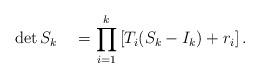
LaTeX: \begin{align*}\det S_k \quad=\prod_{i=1}^k \left[ T_i(S_k-I_k) + r_i \right].\end{align*}